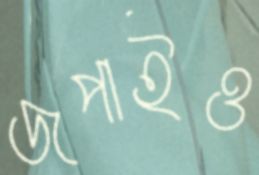
জপাইও